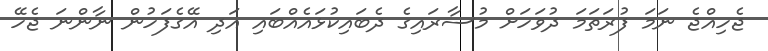
ޖެހިއްޖެ ނަމަ ފުރަތަމަ ދުވަހަށް މުސާރައިގެ ދެބައިކުޅައެއްބައި އަދި އޭގެފަހުން ނާންނަ ޖެހޭ